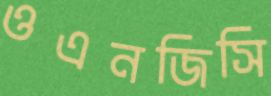
ওএনজিসি